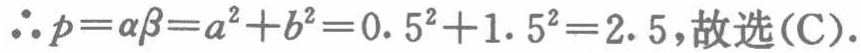
\(\therefore p = \alpha\beta = a^{2}+b^{2}=0.5^{2}+1.5^{2}=2.5\), 故选 (C).